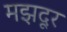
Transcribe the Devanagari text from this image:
मझदूर